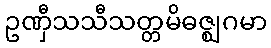
ဥဏှီသသီသတ္တမိဓဇ္ဈဂမာ